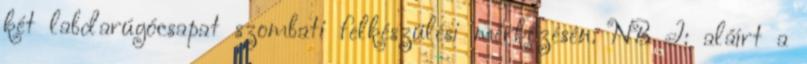
két labdarúgócsapat szombati felkészülési mérkőzésén. NB I: aláírt a